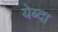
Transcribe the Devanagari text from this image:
येब्दा